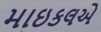
માઇકલએ